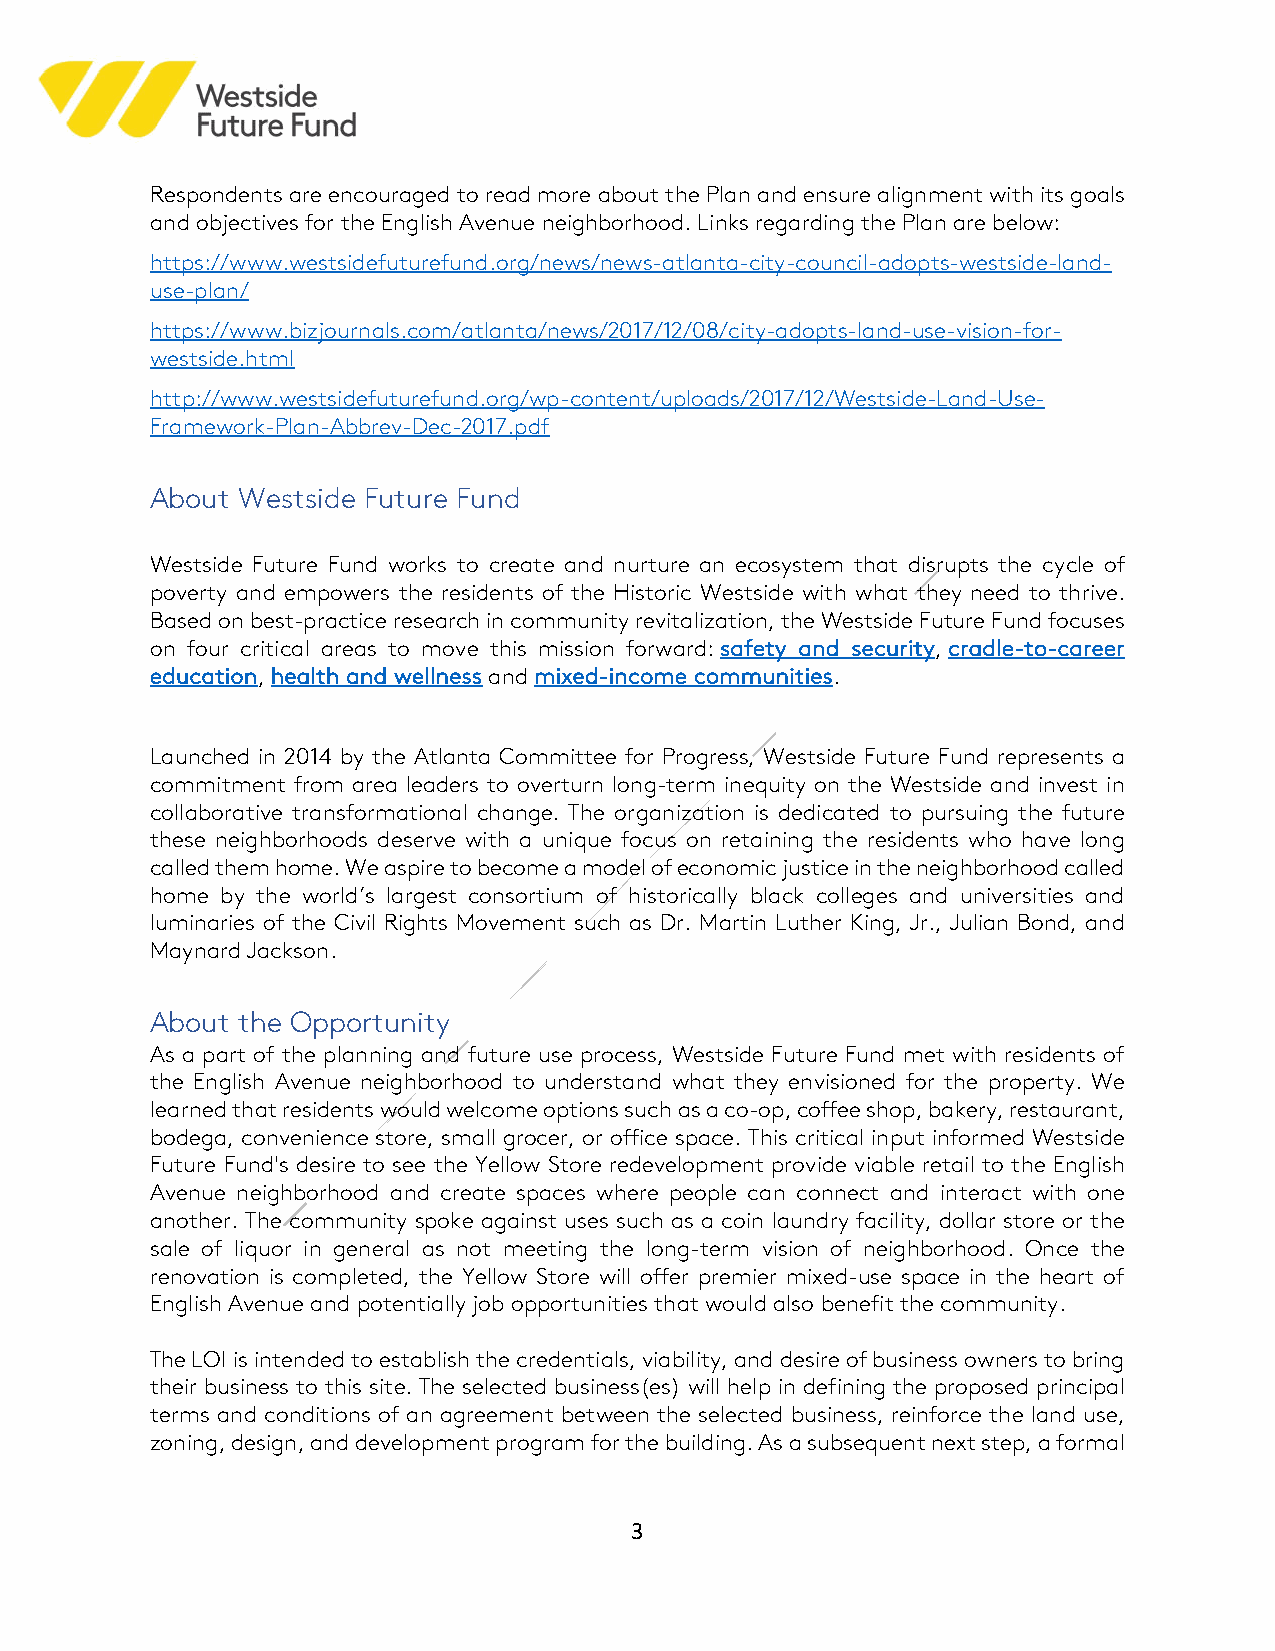
Respondents are encouraged to read more about the Plan and ensure alignment with its goals
 and objectives for the English Avenue neighborhood. Links regarding the Plan are below:
 https://www.westsidefuturefund.org/news/news-atlanta-city-council-adopts-westside-land-
 use-plan/
 https://www.bizjournals.com/atlanta/news/2017/12/08/city-adopts-land-use-vision-for-
 westside.html
 http://www.westsidefuturefund.org/wp-content/uploads/2017/12/Westside-Land-Use-
 Framework-Plan-Abbrev-Dec-2017.pdf
 About Westside Future Fund
 Westside Future Fund works to create and nurture an ecosystem that disrupts the cycle of
 poverty and empowers the residents of the Historic Westside with what they need to thrive.
 Based on best-practice research in community revitalization, the Westside Future Fund focuses
 on four critical areas to move this mission forward: safety and security, cradle-to-career
 education, health and wellness and mixed-income communities.
 Launched in 2014 by the Atlanta Committee for Progress, Westside Future Fund represents a
 commitment from area leaders to overturn long-term inequity on the Westside and invest in
 collaborative transformational change. The organization is dedicated to pursuing the future
 these neighborhoods deserve with a unique focus on retaining the residents who have long
 called them home. We aspire to become a model of economic justice in the neighborhood called
 home by the world’s largest consortium of historically black colleges and universities and
 luminaries of the Civil Rights Movement such as Dr. Martin Luther King, Jr., Julian Bond, and
 Maynard Jackson.
 About the Opportunity
 As a part of the planning and future use process, Westside Future Fund met with residents of
 the English Avenue neighborhood to understand what they envisioned for the property. We
 learned that residents would welcome options such as a co-op, coffee shop, bakery, restaurant,
 bodega, convenience store, small grocer, or office space. This critical input informed Westside
 Future Fund's desire to see the Yellow Store redevelopment provide viable retail to the English
 Avenue neighborhood and create spaces where people can connect and interact with one
 another. The community spoke against uses such as a coin laundry facility, dollar store or the
 sale of liquor in general as not meeting the long-term vision of neighborhood. Once the
 renovation is completed, the Yellow Store will offer premier mixed-use space in the heart of
 English Avenue and potentially job opportunities that would also benefit the community.
 The LOI is intended to establish the credentials, viability, and desire of business owners to bring
 their business to this site. The selected business(es) will help in defining the proposed principal
 terms and conditions of an agreement between the selected business, reinforce the land use,
 zoning, design, and development program for the building. As a subsequent next step, a formal
 3